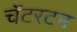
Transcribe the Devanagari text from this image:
चॅटरटन